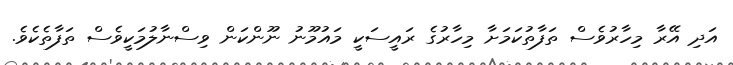
އަދި އޭރާ މިހާރުވެސް ތަފާތުކަމަށާ މިހާރުގެ ރައީސަކީ މައުމޫނު ނޫންކަން ވިސްނާލުމަކީވެސް ތަފާތެކެވެ.